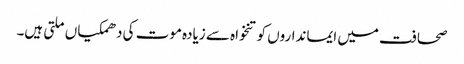
صحافت میں ایمانداروں کو تنخواہ سے زیادہ موت کی دھمکیاں ملتی ہیں۔